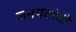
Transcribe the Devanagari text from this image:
जनपदांची